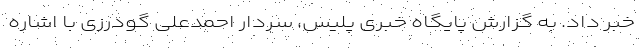
خبر داد. به گزارش پایگاه خبری پلیس، سردار احمدعلی گودرزی با اشاره